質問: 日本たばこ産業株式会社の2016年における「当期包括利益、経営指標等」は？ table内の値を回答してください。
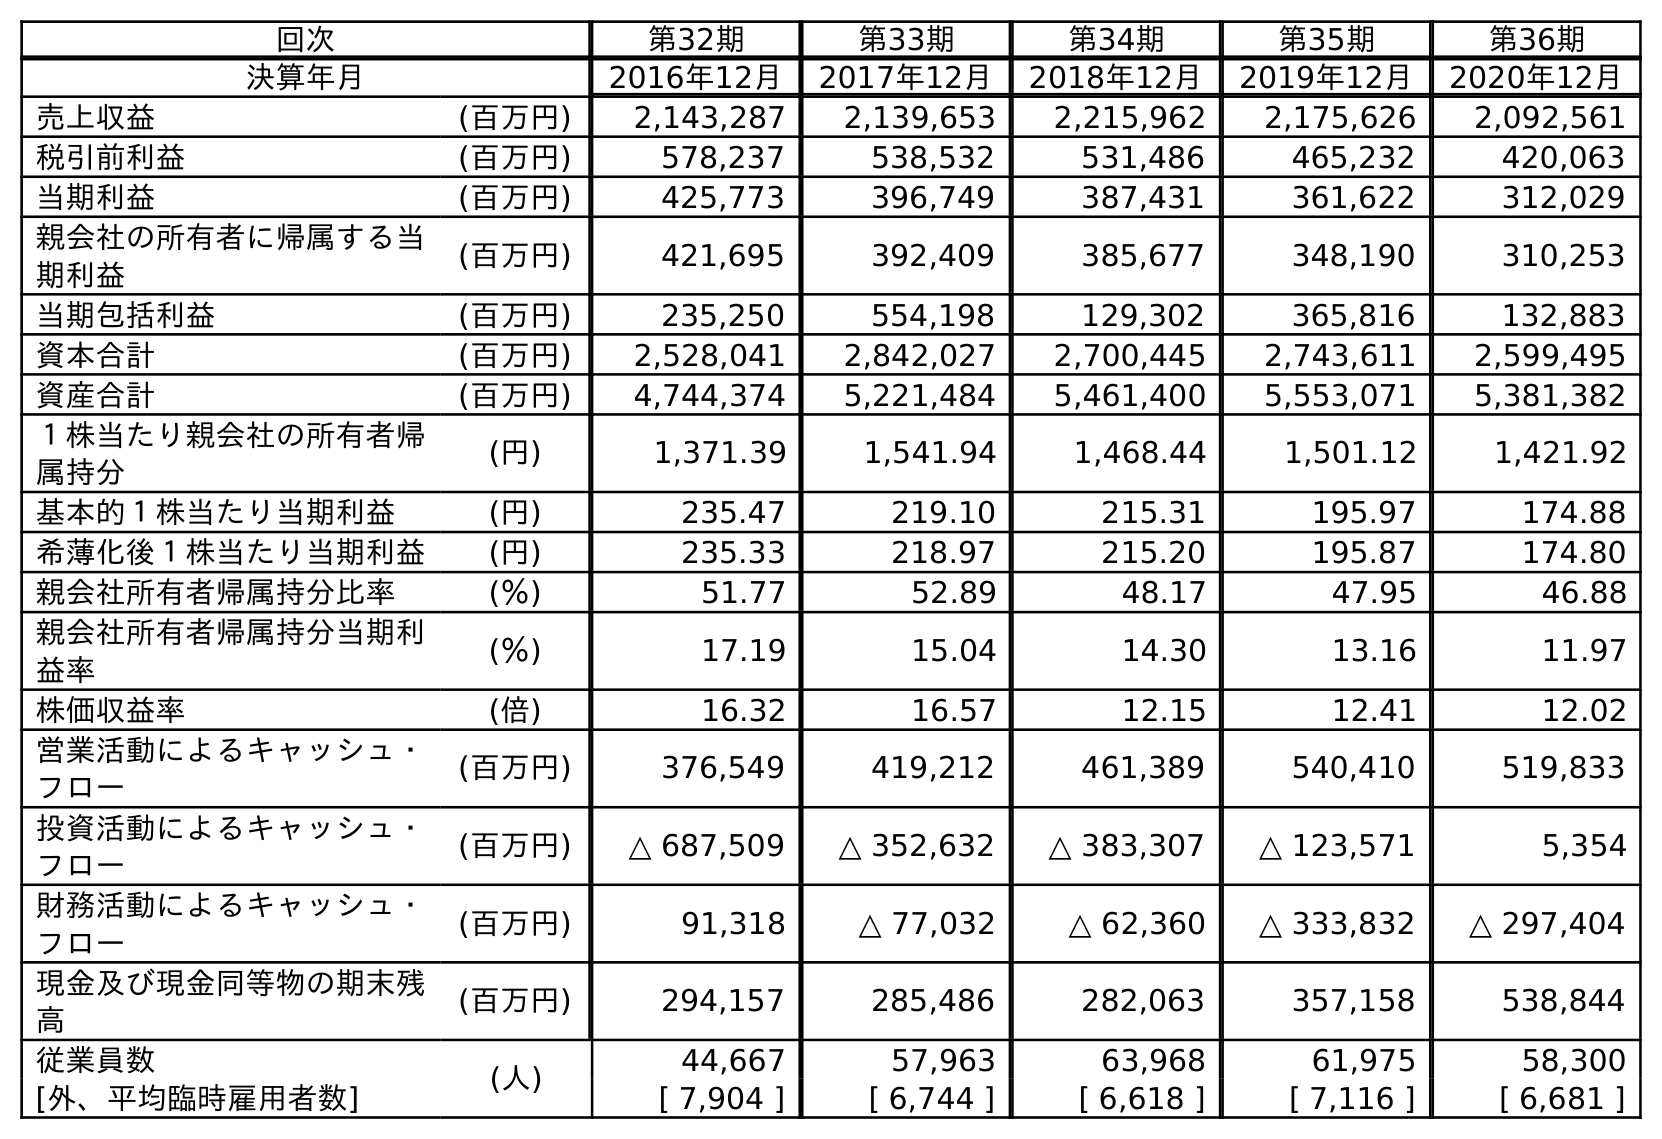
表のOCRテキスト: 回次 第32期 第33期 第34期 第35期 第36期 決算年月 2016年12月 2017年12月 2018年12月 2019年12月 2020年12月 売上収益 (百万円) 2,143,287 2,139,653 2,215,962 2,175,626 2,092,561 税引前利益 (百万円) 578,237 538,532 531,486 465,232 420,063 当期利益 (百万円) 425,773 396,749 387,431 361,622 312,029 親会社の所有者に帰属する当 期利益 (百万円) 421,695 392,409 385,677 348,190 310,253 当期包括利益 (百万円) 235,250 554,198 129,302 365,816 132,883 資本合計 (百万円) 2,528,041 2,842,027 2,700,445 2,743,611 2,599,495 資産合計 (百万円) 4,744,374 5,221,484 5,461,400 5,553,071 5,381,382 １株当たり親会社の所有者帰 属持分 (円) 1,371.39 1,541.94 1,468.44 1,501.12 1,421.92 基本的１株当たり当期利益 (円) 235.47 219.10 215.31 195.97 174.88 希薄化後１株当たり当期利益 (円) 235.33 218.97 215.20 195.87 174.80 親会社所有者帰属持分比率 (％) 51.77 52.89 48.17 47.95 46.88 親会社所有者帰属持分当期利 益率 (％) 17.19 15.04 14.30 13.16 11.97 株価収益率 (倍) 16.32 16.57 12.15 12.41 12.02 営業活動によるキャッシュ・ フロー (百万円) 376,549 419,212 461,389 540,410 519,833 投資活動によるキャッシュ・ フロー (百万円) △ 687,509 △ 352,632 △ 383,307 △ 123,571 5,354 財務活動によるキャッシュ・ フロー (百万円) 91,318 △ 77,032 △ 62,360 △ 333,832 △ 297,404 現金及び現金同等物の期末残 高 (百万円) 294,157 285,486 282,063 357,158 538,844 従業員数 (人) 44,667 57,963 63,968 61,975 58,300 [外、平均臨時雇用者数] [ 7,904 ] [ 6,744 ] [ 6,618 ] [ 7,116 ] [ 6,681 ]
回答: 235,250